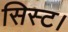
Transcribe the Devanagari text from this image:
सिस्ट।